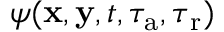
\psi ( \mathbf { x } , \mathbf { y } , t , \tau _ { \mathrm { a } } , \boldsymbol \tau _ { \mathrm r } )